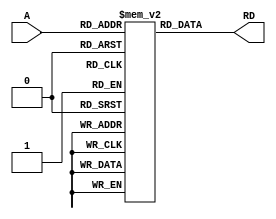
module instruction_memory(
input [7:0]A,	//address
output reg [31:0]RD //data
);

reg [31:0]ROM[0:255];
integer i;
/*
initial begin
  ROM[0] =32'h00008020 ;
  ROM[1] =32'h20100007 ;
  ROM[2] =32'h00008820 ;
  ROM[3] =32'h20110001 ;
  ROM[4] =32'h12000003 ;
  ROM[5] =32'h0230881C ;
  ROM[6] =32'h2210FFFF ;
  ROM[7] =32'h08000004 ;
  ROM[8] =32'hAC110000 ;
  for (i =9 ;i<256 ;i=i+1 ) 
	begin
   	 ROM[i]=32'b0;
  	end
end
*/
initial begin
  ROM[0] =32'h00008020 ;
  ROM[1] =32'h20100078 ;
  ROM[2] =32'h00008820 ;
  ROM[3] =32'h201100B4 ;
  ROM[4] =32'h00009020 ;
  ROM[5] =32'h12110006 ;
  ROM[6] =32'h0211482A ;
  ROM[7] =32'h11200002 ;
  ROM[8] =32'h02308822 ;
  ROM[9] =32'h08000005 ;
  ROM[10] =32'h02118022 ;
  ROM[11] =32'h08000005 ;
  ROM[12] =32'h00109020 ;
  ROM[13] =32'hAC120000 ;
  for (i =14 ;i<256 ;i=i+1 ) begin
    ROM[i]=32'b0;
  end
end
always@*
begin
RD=ROM[A];
end

endmodule